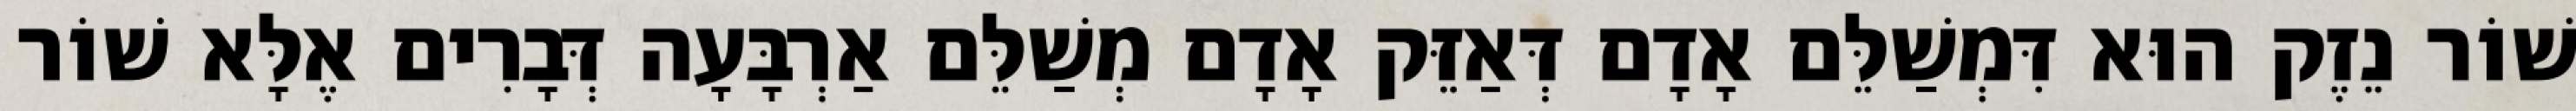
שׁוֹר נֵזֶק הוּא דִּמְשַׁלֵּם אָדָם דְּאַזֵּק אָדָם מְשַׁלֵּם אַרְבָּעָה דְּבָרִים אֶלָּא שׁוֹר